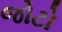
જોટો